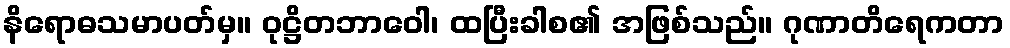
နိရောဓသမာပတ်မှ။ ဝုဋ္ဌိတဘာဝေါ၊ ထပြီးခါစ၏ အဖြစ်သည်။ ဂုဏာတိရေကတာ